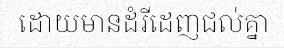
ដោយមានដំរីដេញជល់គ្នា